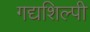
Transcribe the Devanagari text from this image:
गद्यशिल्पी